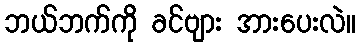
ဘယ်ဘက်ကို ခင်ဗျား အားပေးလဲ။